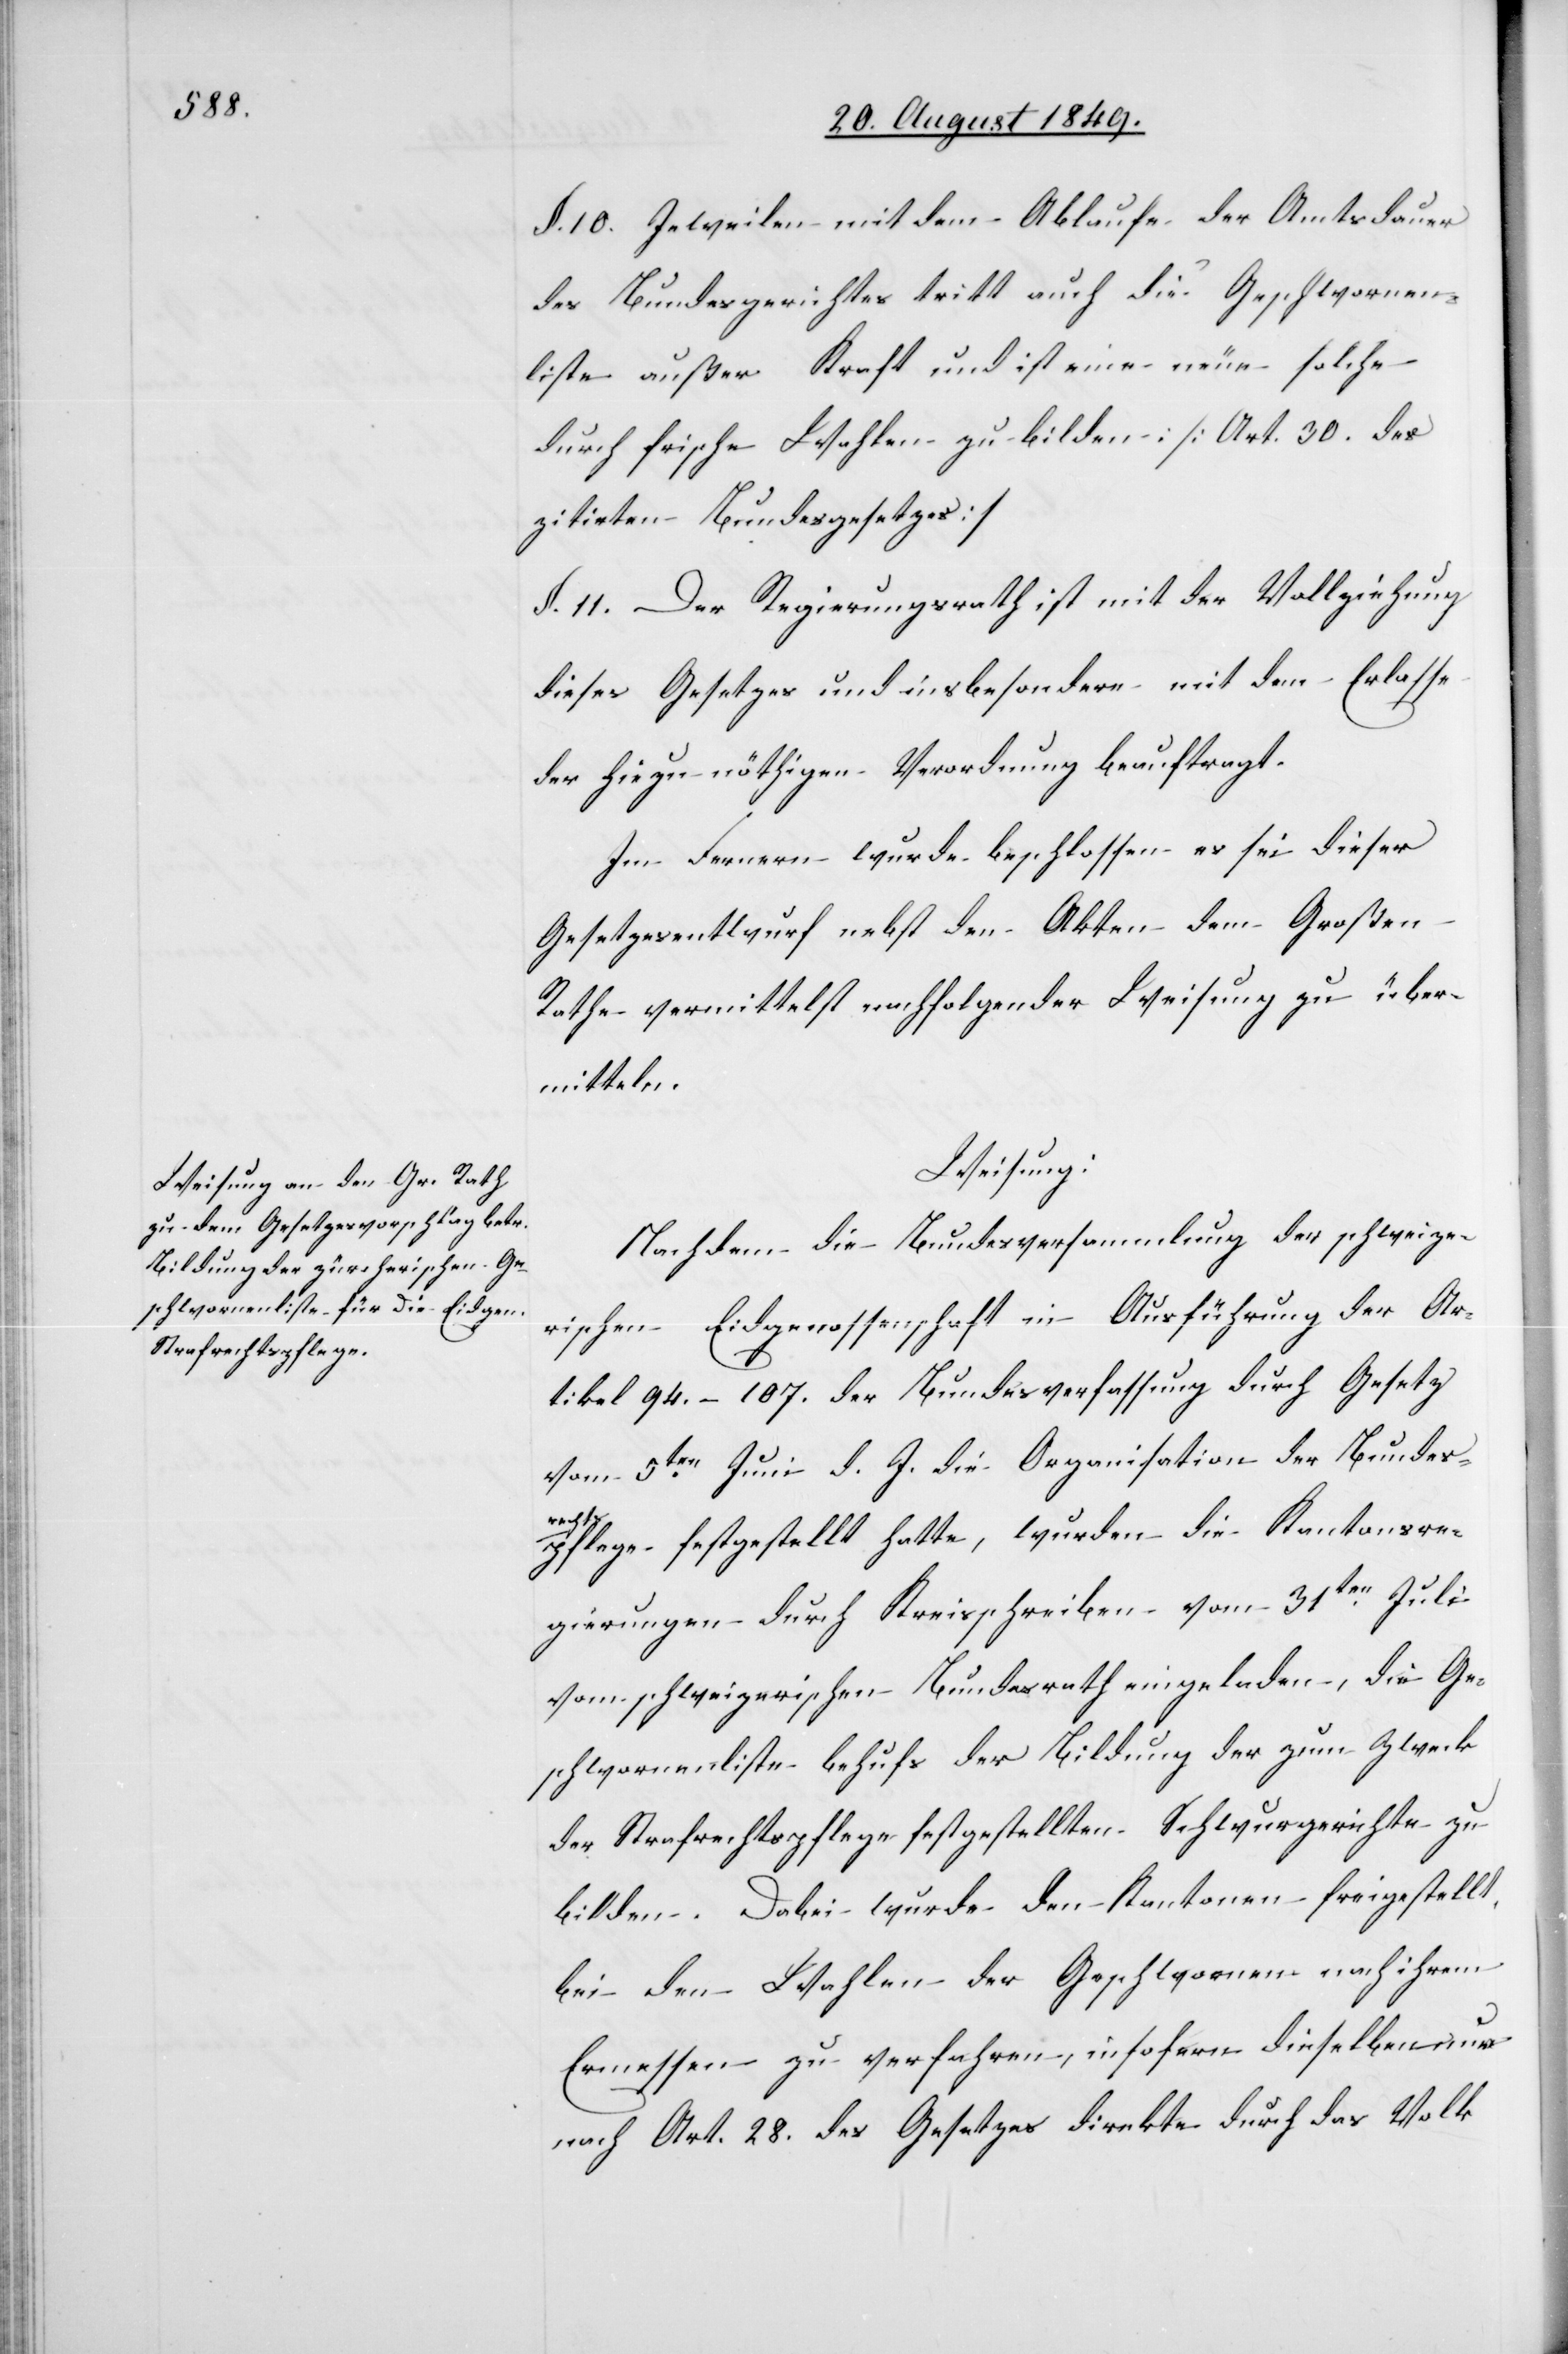
§. 10. Jeweilen mit dem Ablaufe der Amtsdauer
des Bundesgerichtes tritt auch die Geschwornen¬
liste außer Kraft und ist eine neue solche
durch frische Wahlen zu bilden: [Art. 30. des
zitirten Bundesgesetzes]
§. 11. Der Regierungsrath ist mit der Vollziehung
dieses Gesetzes und insbesondere mit dem Erlasse
der hiezu nöthigen Verordnung beauftragt.
Im Fernern wurde beschlossen es sei dieser
Gesetzesentwurf nebst den Akten dem Großen
Rathe vermittelst nachfolgender Weisung zu über¬
mitteln.
Weisung:
Nachdem die Bundesversammlung der schweize¬
rischen Eidgenossenschaft in Ausführung der Ar¬
tikel 94.–107. der Bundesverfassung durch Gesetz
vom 5ten Juni d. J. die Organisation der Bundes¬
rechts¬
pflege festgestellt hatte, wurden die Kantonsre¬
gierungen durch Kreisschreiben vom 31ten Juli
vom schweizerischen Bundesrath eingeladen, die Ge¬
schwornenliste behufs der Bildung der zum Zweck
der Strafrechtspflege festgestellten Schwurgerichte zu
bilden. Dabei wurde den Kantonen freigestellt,
bei den Wahlen der Geschwornen nach ihrem
Ermessen zu verfahren, insofern dieselben nur
nach Art. 28. des Gesetzes direkte durch das Volk